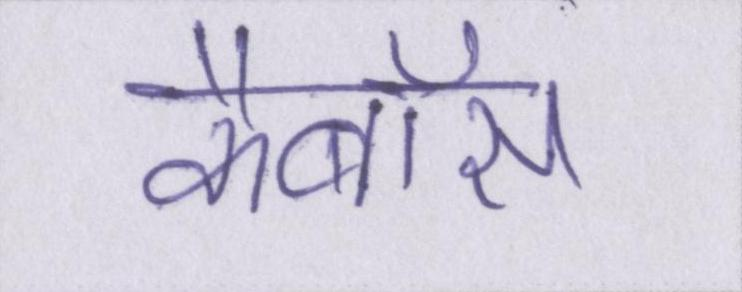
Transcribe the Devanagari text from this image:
कैबॉस